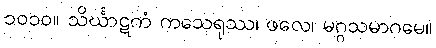
၁၀၁၀။ သိင်္ဃာဋကံ ကသေရုဿ၊ ဖလေ၊ မဂ္ဂသမာဂမေ။